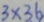
3 \times 3 6